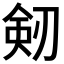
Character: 剱